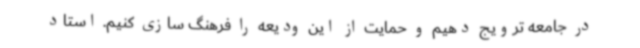
در جامعه ترویج دهیم و حمایت از این ودیعه را فرهنگ سازی کنیم. استاد